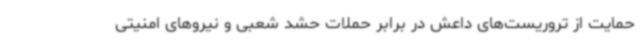
حمایت از تروریست‌های داعش در برابر حملات حشد شعبی و نیروهای امنیتی